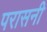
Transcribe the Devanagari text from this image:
परासनी